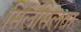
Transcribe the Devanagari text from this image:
सिलसिलता